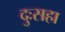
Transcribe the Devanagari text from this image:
दुःसहा